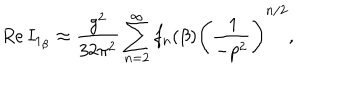
R e \, I _ { 1 _ { \beta } } \approx \frac { g ^ { 2 } } { 3 2 \pi ^ { 2 } } \sum _ { n = 2 } ^ { \infty } f _ { n } ( \beta ) \Bigg ( \frac { \: 1 } { - p ^ { 2 } } \Bigg ) ^ { n / 2 } ,